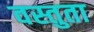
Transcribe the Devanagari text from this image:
वस्तुता